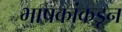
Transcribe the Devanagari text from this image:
भाषकांकडून